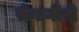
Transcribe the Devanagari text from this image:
सेनानींनी